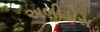
અબીડોસ